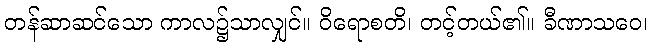
တန်ဆာဆင်သော ကာလ၌သာလျှင်။ ဝိရောစတိ၊ တင့်တယ်၏။ ခီဏာသဝေ၊